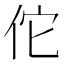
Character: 佗